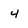
Character: 4